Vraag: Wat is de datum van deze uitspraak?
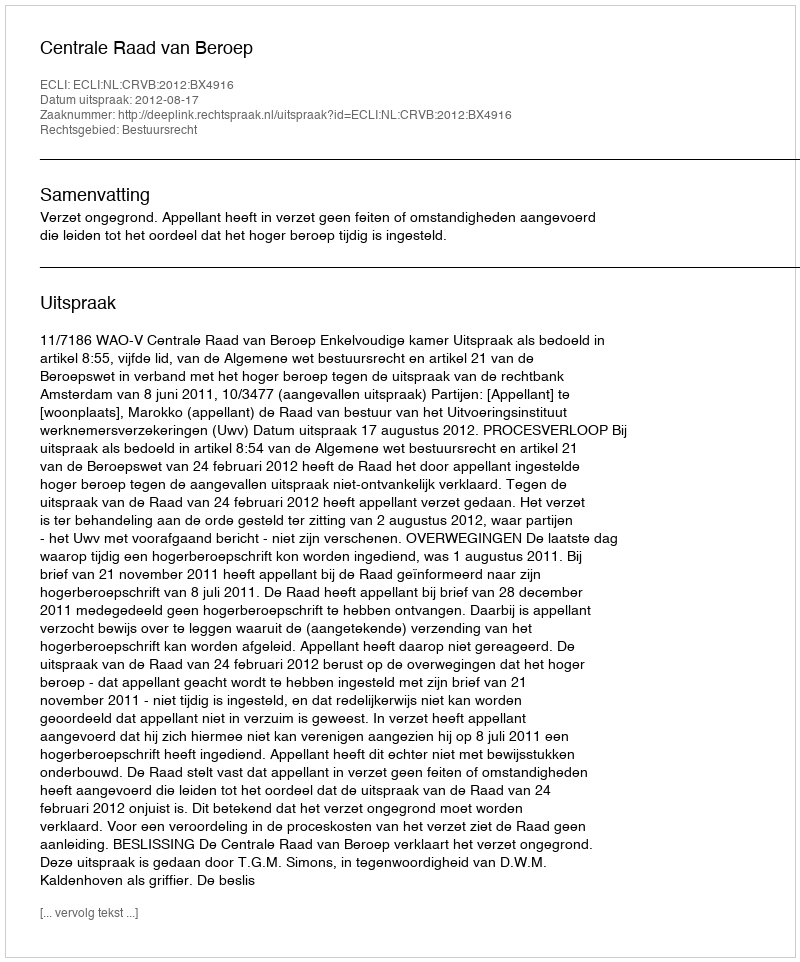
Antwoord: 2012-08-17